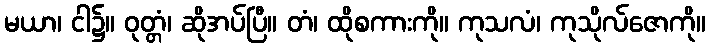
မယာ၊ ငါ၌။ ဝုတ္တံ၊ ဆိုအပ်ပြီ။ တံ၊ ထိုစကားကို။ ကုသလံ၊ ကုသိုလ်ဇောကို။